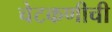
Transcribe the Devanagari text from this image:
चेटकणीची